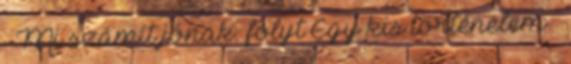
– Mi számít jónak. folyt Egy kis történelem –